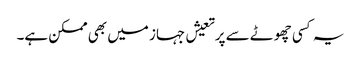
یہ کسی چھوٹے سے پرتعیش جہاز میں بھی ممکن ہے۔